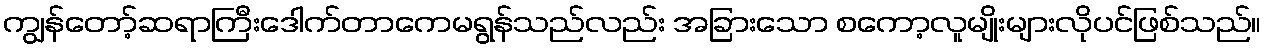
ကျွန်တော့်ဆရာကြီးဒေါက်တာကေမရွန်သည်လည်း အခြားသော စကော့လူမျိုးများလိုပင်ဖြစ်သည်။